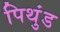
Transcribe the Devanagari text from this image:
पिथुंड